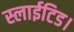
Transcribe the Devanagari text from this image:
स्लाईटिड।